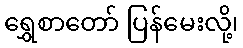
ရွှေစာတော် ပြန်မေးလို့၊